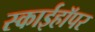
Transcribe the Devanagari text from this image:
स्काईहॉपर